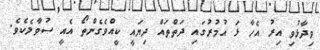
ވިދާޅުވި އިރު އެހާ ޅަ އުމުރުގައި ދަތްތައް ދިޔައީ ކީއްވެގެންތޯ އެއީ ސުވާލެކެވެ.